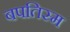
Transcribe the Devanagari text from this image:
बपतिस्म